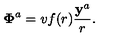
{ \bf \Phi } ^ { a } = v f ( r ) \frac { { \bf y } ^ { a } } { r } .